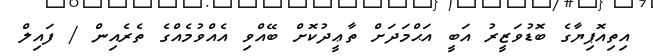
އިތިއޮޕިޔާގެ ބޮޑުވަޒީރު އަބީ އަޙްމަދަށް ތާޢީދުކޮށް ބޭއްވި އެއްވުމެއްގެ ތެރެއިން / ފައިލް